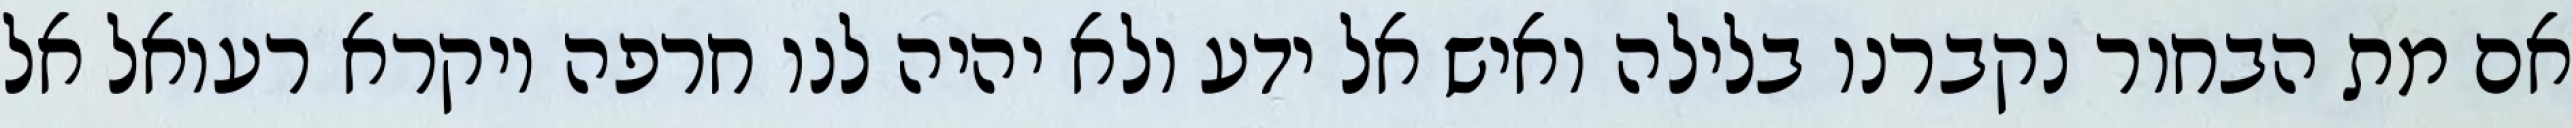
אם מת הבחור נקברנו בלילה ואיש אל ידע ולא יהיה לנו חרפה ויקרא רעואל אל